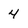
Character: 4